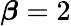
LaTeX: \boldsymbol\beta=2